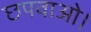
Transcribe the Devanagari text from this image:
छपवाओ।